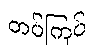
တပ်ကြပ်